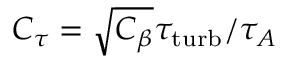
C _ { \tau } = \sqrt { C _ { \beta } } { \tau _ { \mathrm { t u r b } } } / { \tau _ { A } }